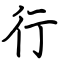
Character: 行